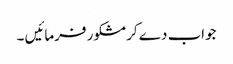
جواب دے کر مشکور فرمائیں ۔